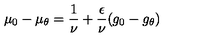
\mu _ { 0 } - \mu _ { \theta } = \frac { 1 } { \nu } + \frac { \epsilon } { \nu } ( g _ { 0 } - g _ { \theta } )